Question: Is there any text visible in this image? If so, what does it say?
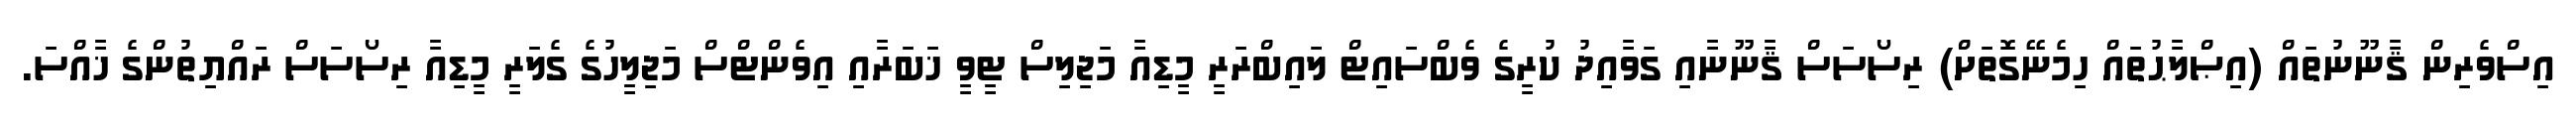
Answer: އިސްވެރިން ޤާނޫނުތައް (އިޞްލާޙުތައް ހިމެނޭގޮތަށް) ރިސޯސަސް ޤާނޫނާއި ގަވާއިދު ކުރީގެ ވެބްސައިޓް ލައިބްރަރީ މީޑިއާ މަޖިލިސް ޓީވީ ޚަބަރާއި އިވެންޓްސް މަޖިލީހުގެ ގެލަރީ މީޑިއާ ރިސޯސަސް ރައްޔިތުންގެ ޚާއްސަ.